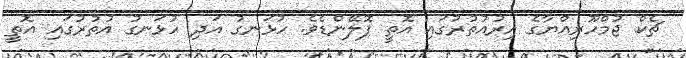
ޗެކް ޖުމްހޫރިއްޔާގެ އިރުއުތުރުގައި އޮތީ ޕޮލޭންޑެވެ. ހުޅަނގު އަދި ހުޅަނގު އުތުރުގައި އޮތީ